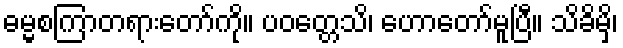
ဓမ္မစကြာတရားတော်ကို။ ပဝတ္တေသိ၊ ဟောတော်မူပြီ။ သိခိမှိ၊